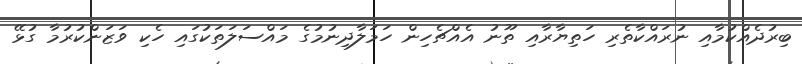
ބިރުދެއްކުމާއި ނުރައްކާތެރި ހަތިޔާރާއި ތޫނު އެއްޗެހިން ހަމަލާދިނުމުގެ މައްސަލަތަކުގައި ހެކި ވަޒަންކުރުމާ ގުޅޭ